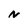
Character: N